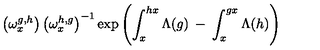
\left( \omega _ { x } ^ { g , h } \right) \left( \omega _ { x } ^ { h , g } \right) ^ { - 1 } \exp \left( \int _ { x } ^ { h x } \Lambda ( g ) \: - \: \int _ { x } ^ { g x } \Lambda ( h ) \right)